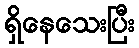
ရှိနေသေးပြီး